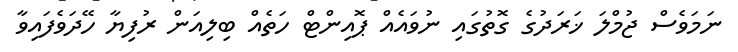
ނަމަވެސް ޖުމްލަ ޚަރަދުގެ ގޮތުގައި ނުވައެއް ޕޮއިންޓް ހަތެއް ބިލިއަން ރުފިޔާ ހޭދަވެފައިވާ